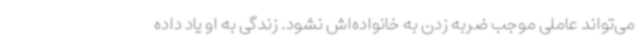
می‌تواند عاملی موجب ضربه زدن به خانواده‌اش نشود. زندگی به او یاد داده